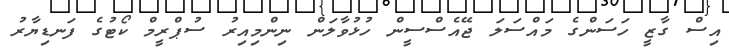
އިސް ގާޒީ ހަސަންގެ މައްސަލަ ޖޭއެސްސީން ހުޅުވާލަން ނިންމިއިރު ސުޕްރީމް ކޯޓުގެ ފަނޑިޔާރު